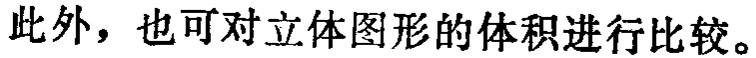
此外，也可对立体图形的体积进行比较。